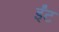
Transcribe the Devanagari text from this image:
र्इंट